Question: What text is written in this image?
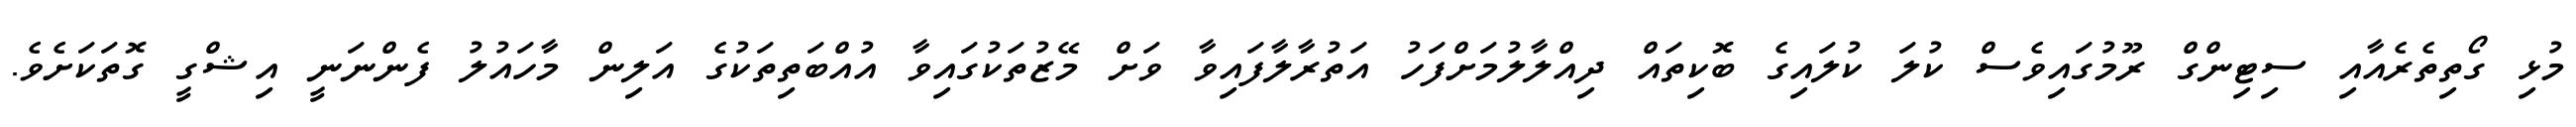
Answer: މުޅި ގޯތިތެރެއާއި ސިޓިންގް ރޫމުގައިވެސް ކުލަ ކުލައިގެ ބޮކިތައް ދިއްލާލުމަށްފަހު އަތުރާލާފައިވާ ވަށް މޭޒުތަކުގައިވާ އުއްބަތިތަކުގެ އަލިން މާހައުލު ފެންނަނީ އިޝްގީ ގޮތަކަށެވެ.